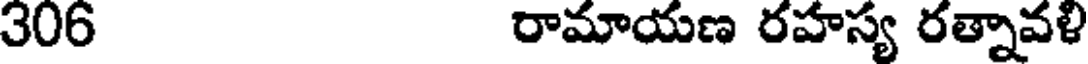
306 రామాయణ రహస్య రత్నావళి